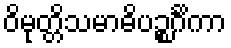
ဝိမုတ္တိသမာဓိပဉ္စင်္ဂိကာ